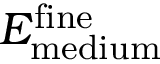
E _ { \mathrm { m e d i u m } } ^ { \mathrm { f i n e } }